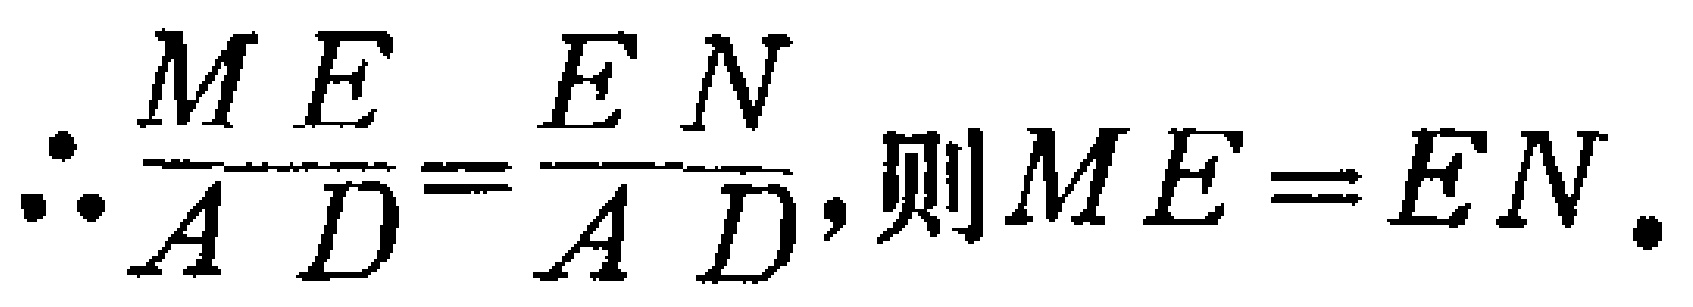
\(\because\frac{ME}{AD}=\frac{EN}{AD},\ 则ME = EN.\)